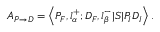
A _ { P \rightarrow D } = \left\langle P _ { F } , l _ { \alpha } ^ { + } ; D _ { F } , l _ { \beta } ^ { - } | S | P _ { I } D _ { I } \right\rangle .